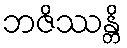
ဘဇိဿန္တိ